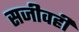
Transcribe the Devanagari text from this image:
सजीवही